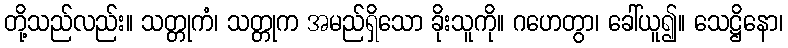
တို့သည်လည်း။ သတ္တုကံ၊ သတ္တုက အမည်ရှိသော ခိုးသူကို။ ဂဟေတွာ၊ ခေါ်ယူ၍။ သေဋ္ဌိနော၊